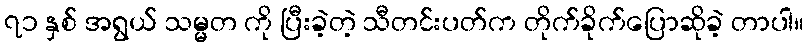
၇၁ နှစ် အရွယ် သမ္မတ ကို ပြီးခဲ့တဲ့ သီတင်းပတ်က တိုက်ခိုက်ပြောဆိုခဲ့ တာပါ။